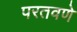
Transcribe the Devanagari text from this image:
परतवणे